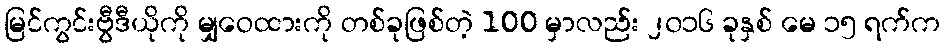
မြင်ကွင်းဗွီဒီယိုကို မျှဝေထားကို တစ်ခုဖြစ်တဲ့ 100 မှာလည်း ၂၀၁၆ ခုနှစ် မေ ၁၅ ရက်က